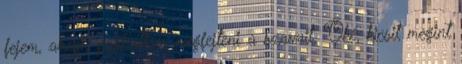
fejem, ahogy próbáltam megfejteni a szavait. Oké, kicsit megint